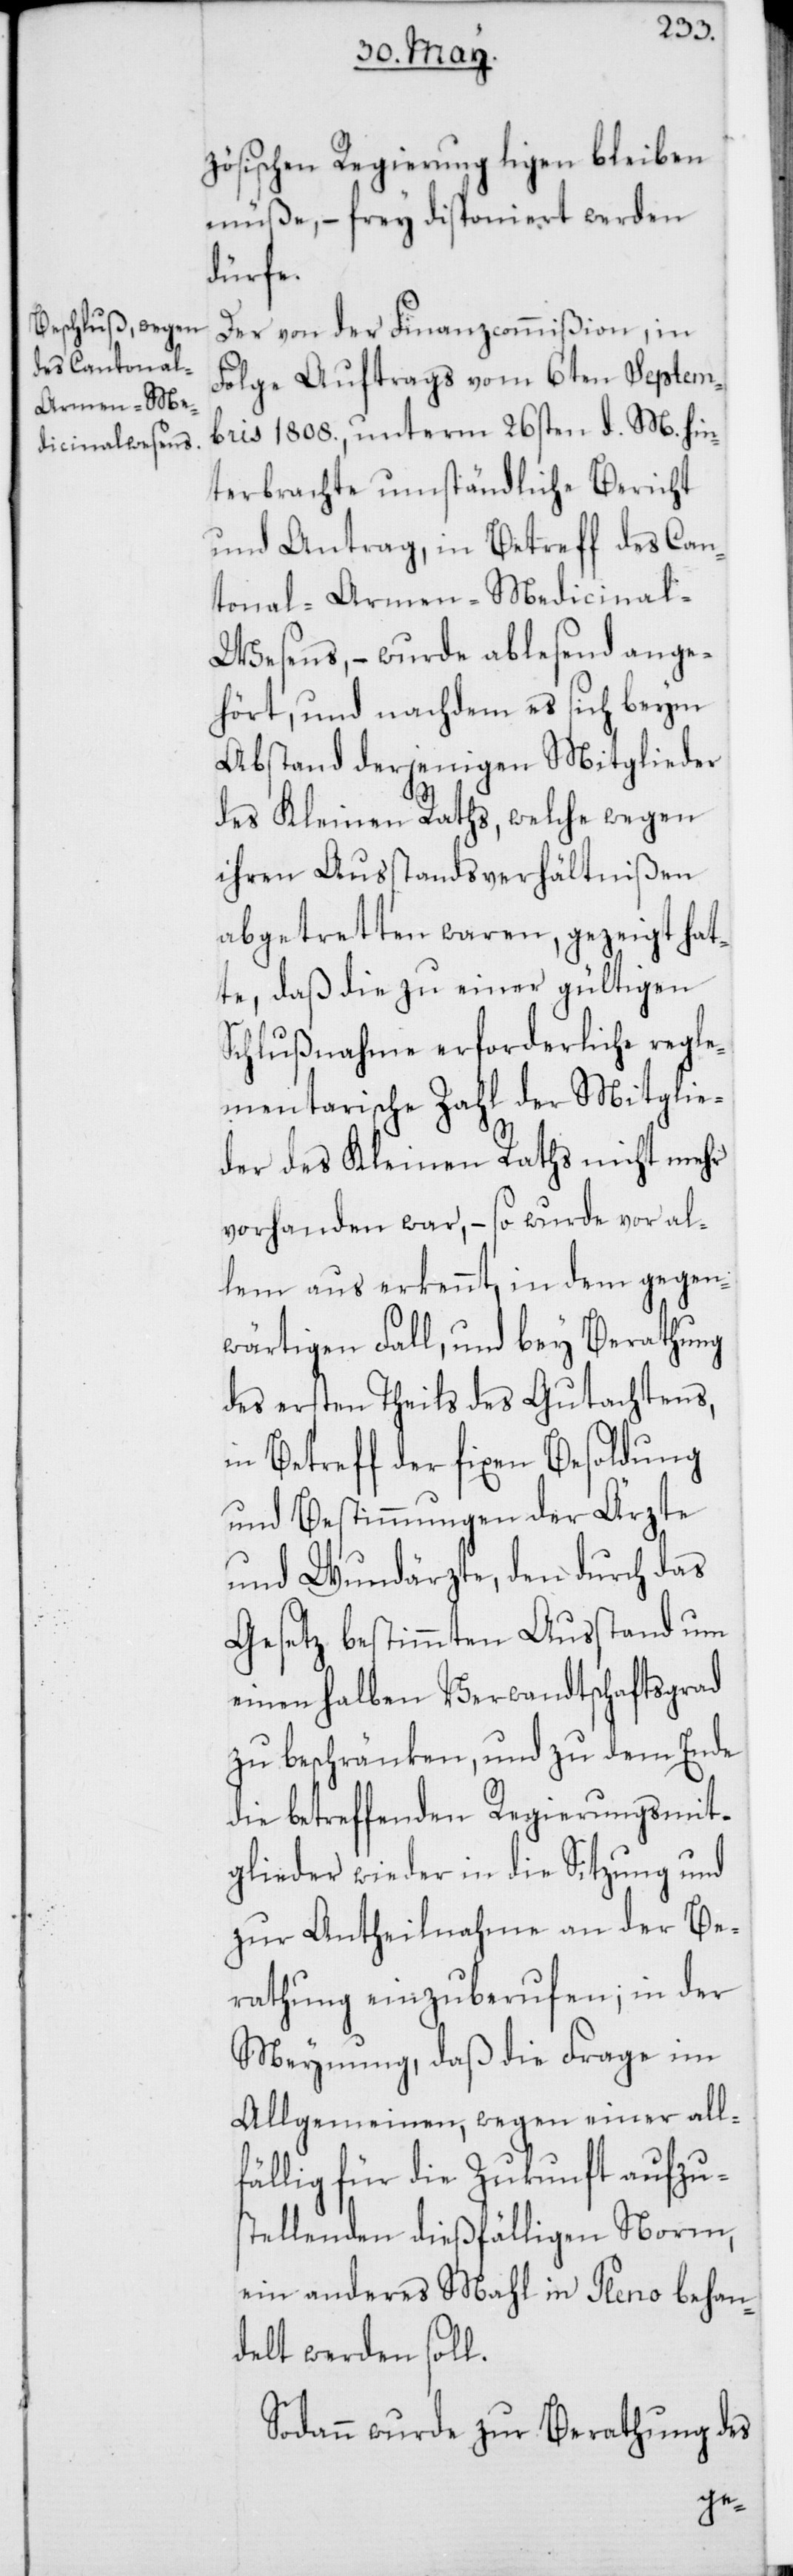
zösischen Regierung ligen bleiben
müße, – frey disponiert werden
dürfe.
Der von der Finanzcommißion, in
Folge Auftrags vom 6ten Septem¬
bris 1808., unterm 26sten d. M. hin¬
terbrachte umständliche Bericht
und Antrag, in Betreff des Can¬
tonal-Armen-Medicinal¬
wesens, – wurde ablesend ange¬
hört, und nachdem es sich beym
Abstand derjenigen Mitglieder
des Kleinen Raths, welche wegen
ihren Ausstandsverhältnißen
abgetretten waren, gezeigt hat¬
te, daß die zu einer gültigen
Schlußnahme erforderliche regle¬
mentarische Zahl der Mitglie¬
der des Kleinen Raths nicht mehr
vorhanden war, – so wurde vor Al¬
lem aus erkennt, in dem gegen¬
wärtigen Fall, und bey Berathung
des ersten Theils des Gutachtens,
in Betreff der fixen Besoldung
und Bestimmungen der Ärzte
und Wundärzte, den durch das
Gesetz bestimmten Ausstand um
einen halben Verwandtschaftsgrad
zu beschränken, und zu dem Ende
die betreffenden Regierungsmit¬
glieder wieder in die Sitzung und
zur Antheilnahme an der Be¬
rathung einzuberufen; in der
Meynung, daß die Frage im
Allgemeinen, wegen einer all¬
fällig für die Zukunft aufzu¬
stellenden dießfälligen Norm,
ein anderes Mahl in Pleno behan¬
delt werden soll.
Sodann wurde zur Berathung des